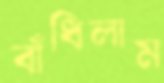
বাঁধিলাম